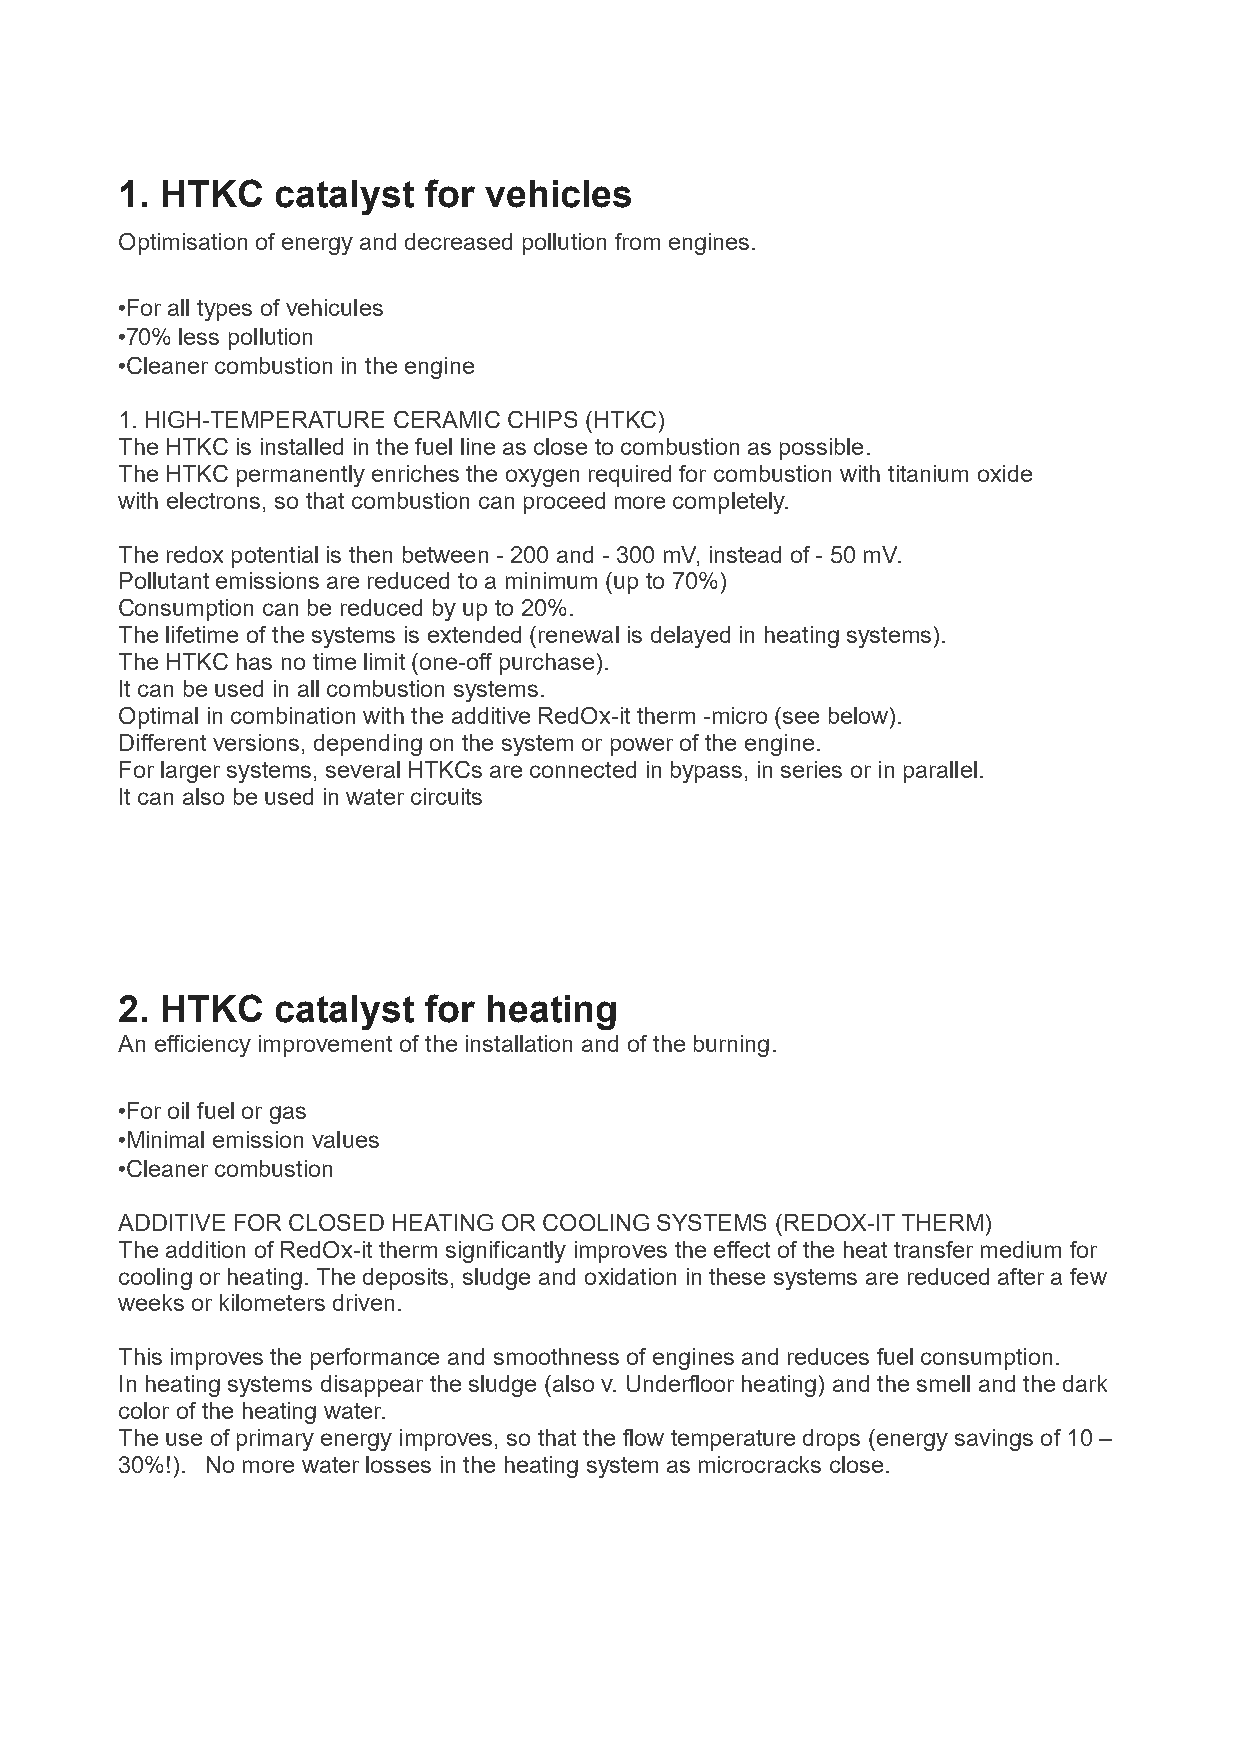
1. HTKC   catalyst  for vehicles
 Optimisation of energy and decreased pollution from engines.
 •For all types of vehicules
 •70% less pollution
 •Cleaner combustion in the engine
 1. HIGH-TEMPERATURE CERAMIC CHIPS (HTKC)
 The HTKC is installed in the fuel line as close to combustion as possible.
 The HTKC permanently enriches the oxygen required for combustion with titanium oxide
 with electrons, so that combustion can proceed more completely.
 The redox potential is then between - 200 and - 300 mV, instead of - 50 mV.
 Pollutant emissions are reduced to a minimum (up to 70%)
 Consumption can be reduced by up to 20%.
 The lifetime of the systems is extended (renewal is delayed in heating systems).
 The HTKC has no time limit (one-off purchase).
 It can be used in all combustion systems.
 Optimal in combination with the additive RedOx-it therm -micro (see below).
 Different versions, depending on the system or power of the engine.
 For larger systems, several HTKCs are connected in bypass, in series or in parallel.
 It can also be used in water circuits
 2. HTKC   catalyst  for heating
 An efficiency improvement of the installation and of the burning.
 •For oil fuel or gas
 •Minimal emission values
 •Cleaner combustion
 ADDITIVE FOR CLOSED HEATING OR COOLING SYSTEMS (REDOX-IT THERM)
 The addition of RedOx-it therm significantly improves the effect of the heat transfer medium for
 cooling or heating. The deposits, sludge and oxidation in these systems are reduced after a few
 weeks or kilometers driven.
 This improves the performance and smoothness of engines and reduces fuel consumption.
 In heating systems disappear the sludge (also v. Underfloor heating) and the smell and the dark
 color of the heating water.
 The use of primary energy improves, so that the flow temperature drops (energy savings of 10 –
 30%!). No more water losses in the heating system as microcracks close.